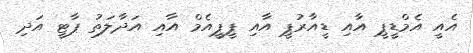
އެއީ އެމްޑީޕީ އާއި ޑީއާރުޕީ އާއި ޕީޕީއެމް އާއި އަދާލަތު ޕާޓީ އަދި